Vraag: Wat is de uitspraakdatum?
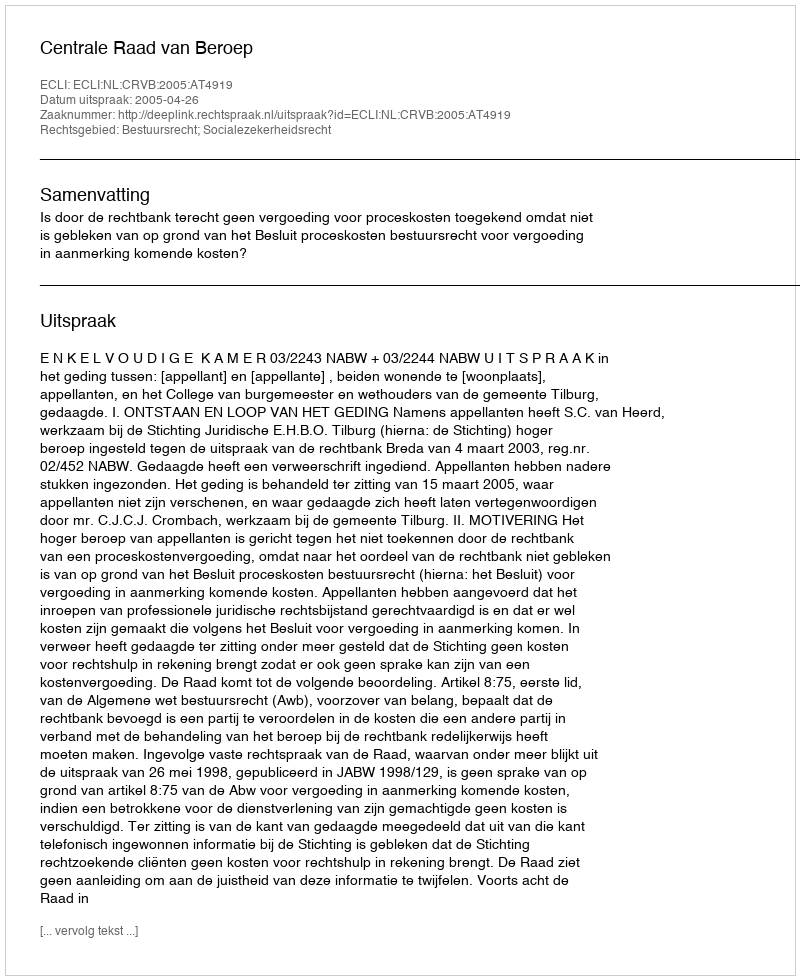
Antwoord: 2005-04-26